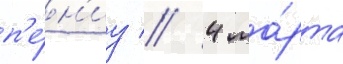
п'е́н'иу // 4 ма́рта